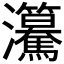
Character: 𤅲